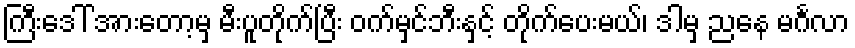
ကြီးဒေါ် အားတော့မှ မီးပူတိုက်ပြီး ဝက်မှင်ဘီးနှင့် တိုက်ပေးမယ်၊ ဒါမှ ညနေ မင်္ဂလာ